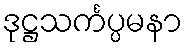
ဒုဋ္ဌသင်္ကပ္ပမနာ